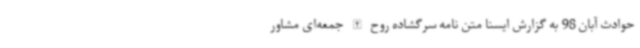
حوادث آبان 98 به گزارش ایسنا متن نامه سرگشاده روح الله جمعه‌ای مشاور